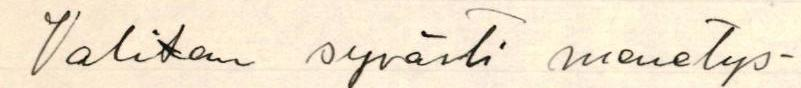
Valitan syvästi menetys-